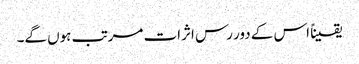
یقیناً اس کے دور رس اثرات مرتب ہوں گے۔